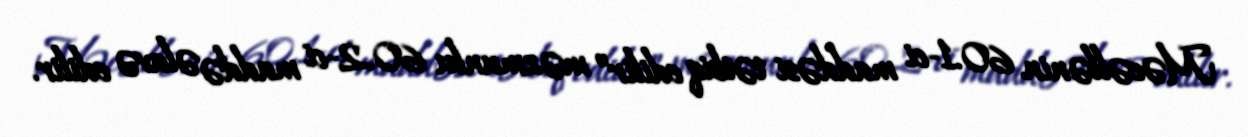
Məcəllənin 60.1-ci maddəsi tətbiq edilir” məzmunlu 60.2-ci maddə əlavə edilir.